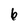
Character: 6